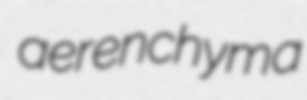
aerenchyma